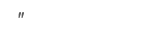
"